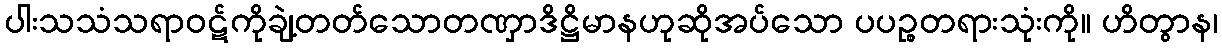
ပါးသသံသရာဝဋ်ကိုချဲ့တတ်သောတဏှာဒိဋ္ဌိမာနဟုဆိုအပ်သော ပပဉ္စတရားသုံးကို။ ဟိတွာန၊